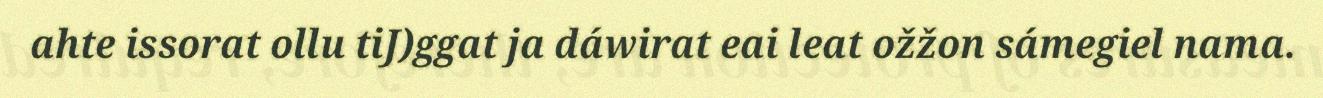
ahte issorat ollu tiJ)ggat ja dáwirat eai leat ožžon sámegiel nama.